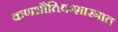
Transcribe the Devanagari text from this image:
कणभौतिकशास्त्रात